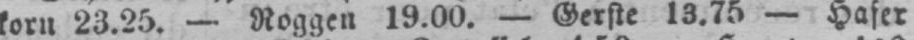
13.75 - Hafer